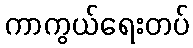
ကာကွယ်ရေးတပ်